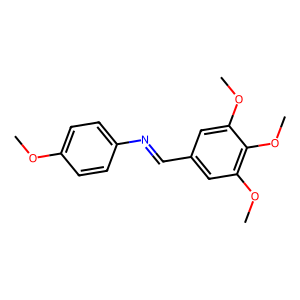
SMILES: COc1ccc(N=Cc2cc(OC)c(OC)c(OC)c2)cc1
Inhibits HIV replication: No